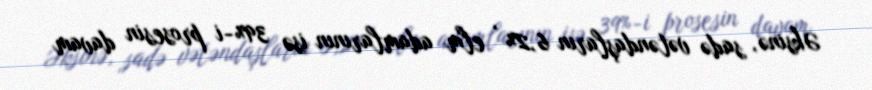
Əksinə, sadə vətəndaşların 6,2% , elm adamlarının isə 39%-i prosesin davam